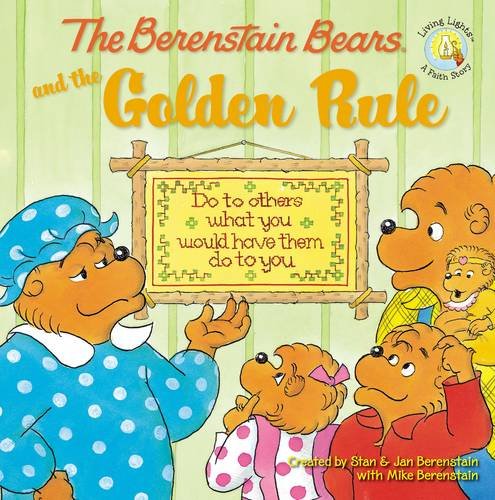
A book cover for The Berenstain Bears and the Golden Rule (Berenstain Bears/Living Lights); Mike Berenstain; Christian Books & Bibles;